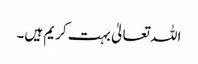
اللہ تعالیٰ بہت کریم ہیں۔